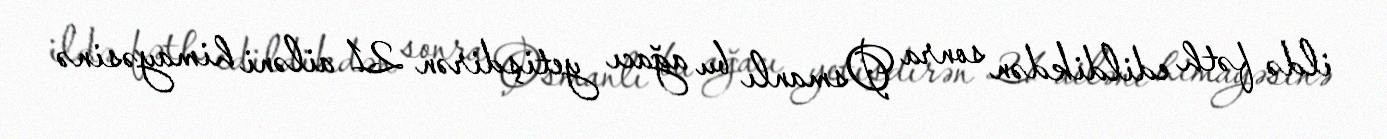
ildə fəth edildikdən sonra Osmanlı bu ağacı yetişdirən 21 ailəni himayəsinə